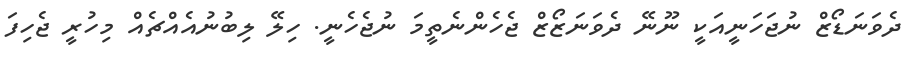
ދެވަނަޑޯޒް ނުޖަހަނީއަކީ ނޫނޭ ދެވަނަޒޯޒް ޖެހެންނެތީމަ ނުޖެހެނީ. ހިލޭ ލިބުނުއެއްޗެއް މިހުރީ ޖެހިފަ